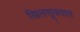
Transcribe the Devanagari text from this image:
खिलसूक्तात